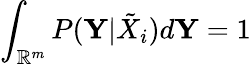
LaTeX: \int_{\mathbb{R}^{m}}{P(\mathbf{Y}|\tilde{X}_{i})d\mathbf{Y}}=1